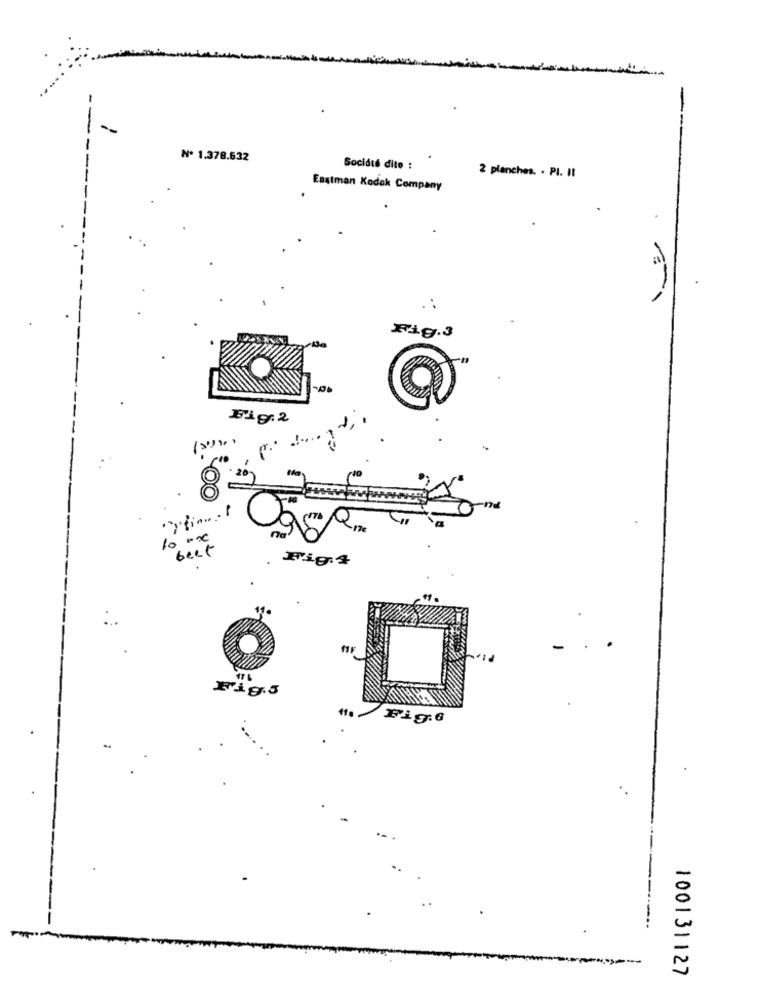
-
Nº 1.378.632
Socidte dito :
2 planches. . PI. II
Eastman Kodak Company
.
.:
Fig.3
Fig.2
10 .00
beef
Fig.+
Fig.5
Fig:6
100131127